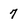
Character: 7